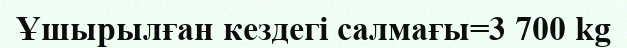
Ұшырылған кездегі салмағы=3 700 kg